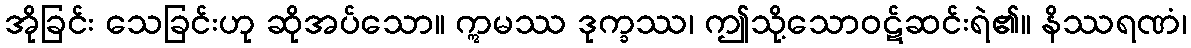
အိုခြင်း သေခြင်းဟု ဆိုအပ်သော။ ဣမဿ ဒုက္ခဿ၊ ဤသို့သောဝဋ်ဆင်းရဲ၏။ နိဿရဏံ၊